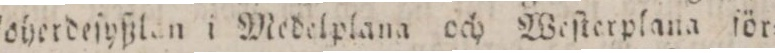
koherdeſyßl???n i Medelplana och Weſterplana för=